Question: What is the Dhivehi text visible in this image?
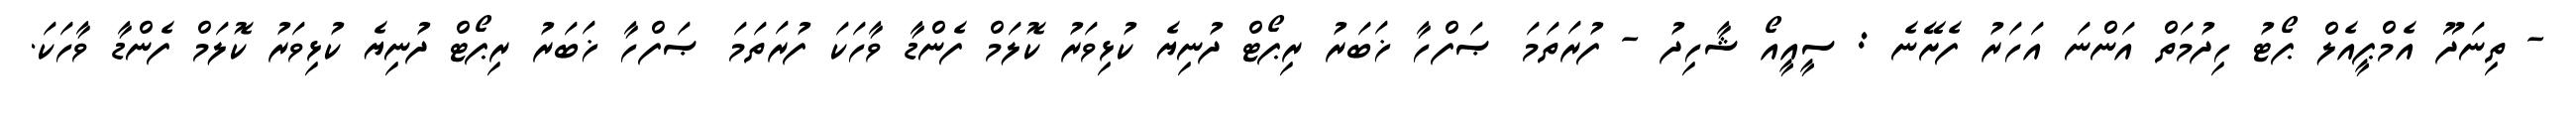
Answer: - ތިނަދޫ އެމްޕީއެލް ޕޯޓު ހިދުމަތް އަންނަ އަހަރު ފެށޭނެ : ސީއީއޯ ޝާހިދު - ފުރަތަމަ ޞަފްހާ ޚަބަރު ރިޕޯޓް ދުނިޔެ ކުޅިވަރު ކޮލަމް ފެންޑާ ވާހަކަ ފުރަތަމަ ޞަފްހާ ޚަބަރު ރިޕޯޓް ދުނިޔެ ކުޅިވަރު ކޮލަމް ފެންޑާ ވާހަކަ.